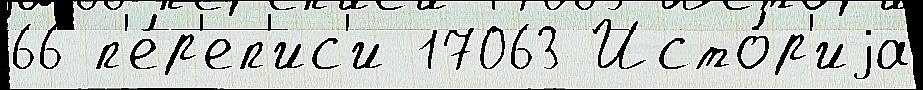
66 п'е́р'еп'ис'и 17063 Исто́р'иjа